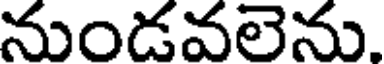
నుండవలెను.